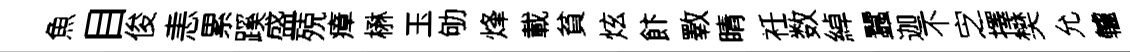
魚目俊恚累蹊盛殑瘴楙玉劬烽載貧炫飰斁睛衽数綽蠶迦不㝎擇樊允轤